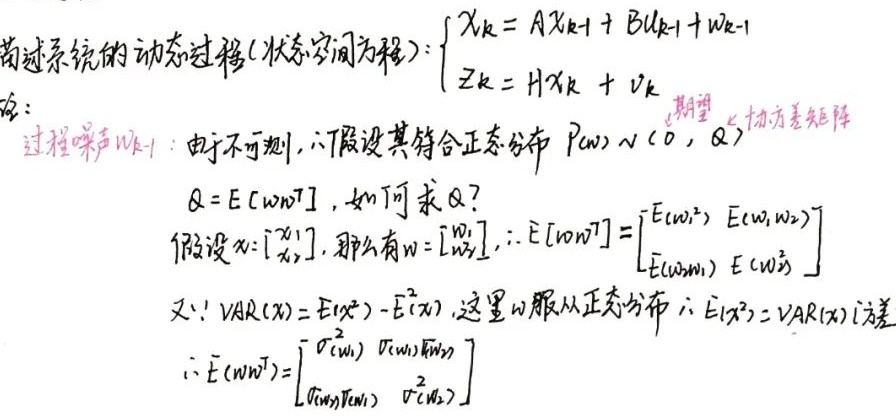
滤波系统的动态过程 (状态空间方程)：
\[\begin{cases}
\mathbf{x}_{k}=A\mathbf{x}_{k - 1}+B\mathbf{u}_{k - 1}+\mathbf{w}_{k - 1}\\
\mathbf{z}_{k}=H\mathbf{x}_{k}+\mathbf{v}_{k}
\end{cases}\]

过程噪声\(\mathbf{w}_{k - 1}\)：由于不可测，假设其符合正态分布\(P(\mathbf{w})\sim N(0, Q)\)，协方差矩阵
\[Q = E[\mathbf{w}\mathbf{w}^{T}]\]

如何求\(Q\)？假设\(\mathbf{x}=\begin{bmatrix}x_{1}\\x_{2}\end{bmatrix}\)，那么有\(\mathbf{w}=\begin{bmatrix}w_{1}\\w_{2}\end{bmatrix}\)，
\(\therefore E[\mathbf{w}\mathbf{w}^{T}]=\begin{bmatrix}E[w_{1}^{2}]&E[w_{1}w_{2}]\\E[w_{2}w_{1}]&E[w_{2}^{2}]\end{bmatrix}\)

又\(\because \text{VAR}(x)=E[x^{2}]-E^{2}(x)\)，这里\(w\)服从正态分布，\(\therefore E[x^{2}]=\text{VAR}(x)\) (方差)
\[\therefore E[\mathbf{w}\mathbf{w}^{T}]=\begin{bmatrix}\sigma^{2}(w_{1})&\text{Cov}(w_{1},w_{2})\\\text{Cov}(w_{2},w_{1})&\sigma^{2}(w_{2})\end{bmatrix}\]